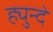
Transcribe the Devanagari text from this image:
ह्युन्दे